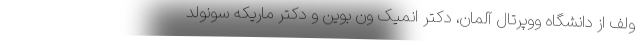
ولف از دانشگاه ووپرتال آلمان، دکتر انمیک ون بوین و دکتر ماریکه سونولد